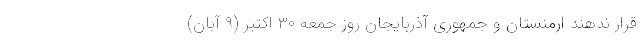
قرار ندهند ارمنستان و جمهوری آذربایجان روز جمعه ۳۰ اکتبر (۹ آبان)